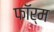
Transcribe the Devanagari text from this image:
फाॅर्म